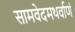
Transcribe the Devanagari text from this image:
सामवेदमथर्वाणं